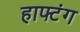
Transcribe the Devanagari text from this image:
हाफ्टंग